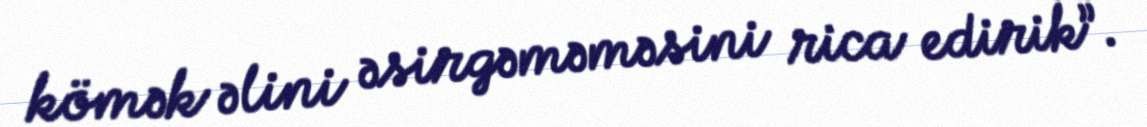
kömək əlini əsirgəməməsini rica edirik”.